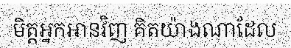
មិត្តអ្នកអានវិញ គិតយ៉ាងណាដែល